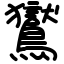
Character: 鸑